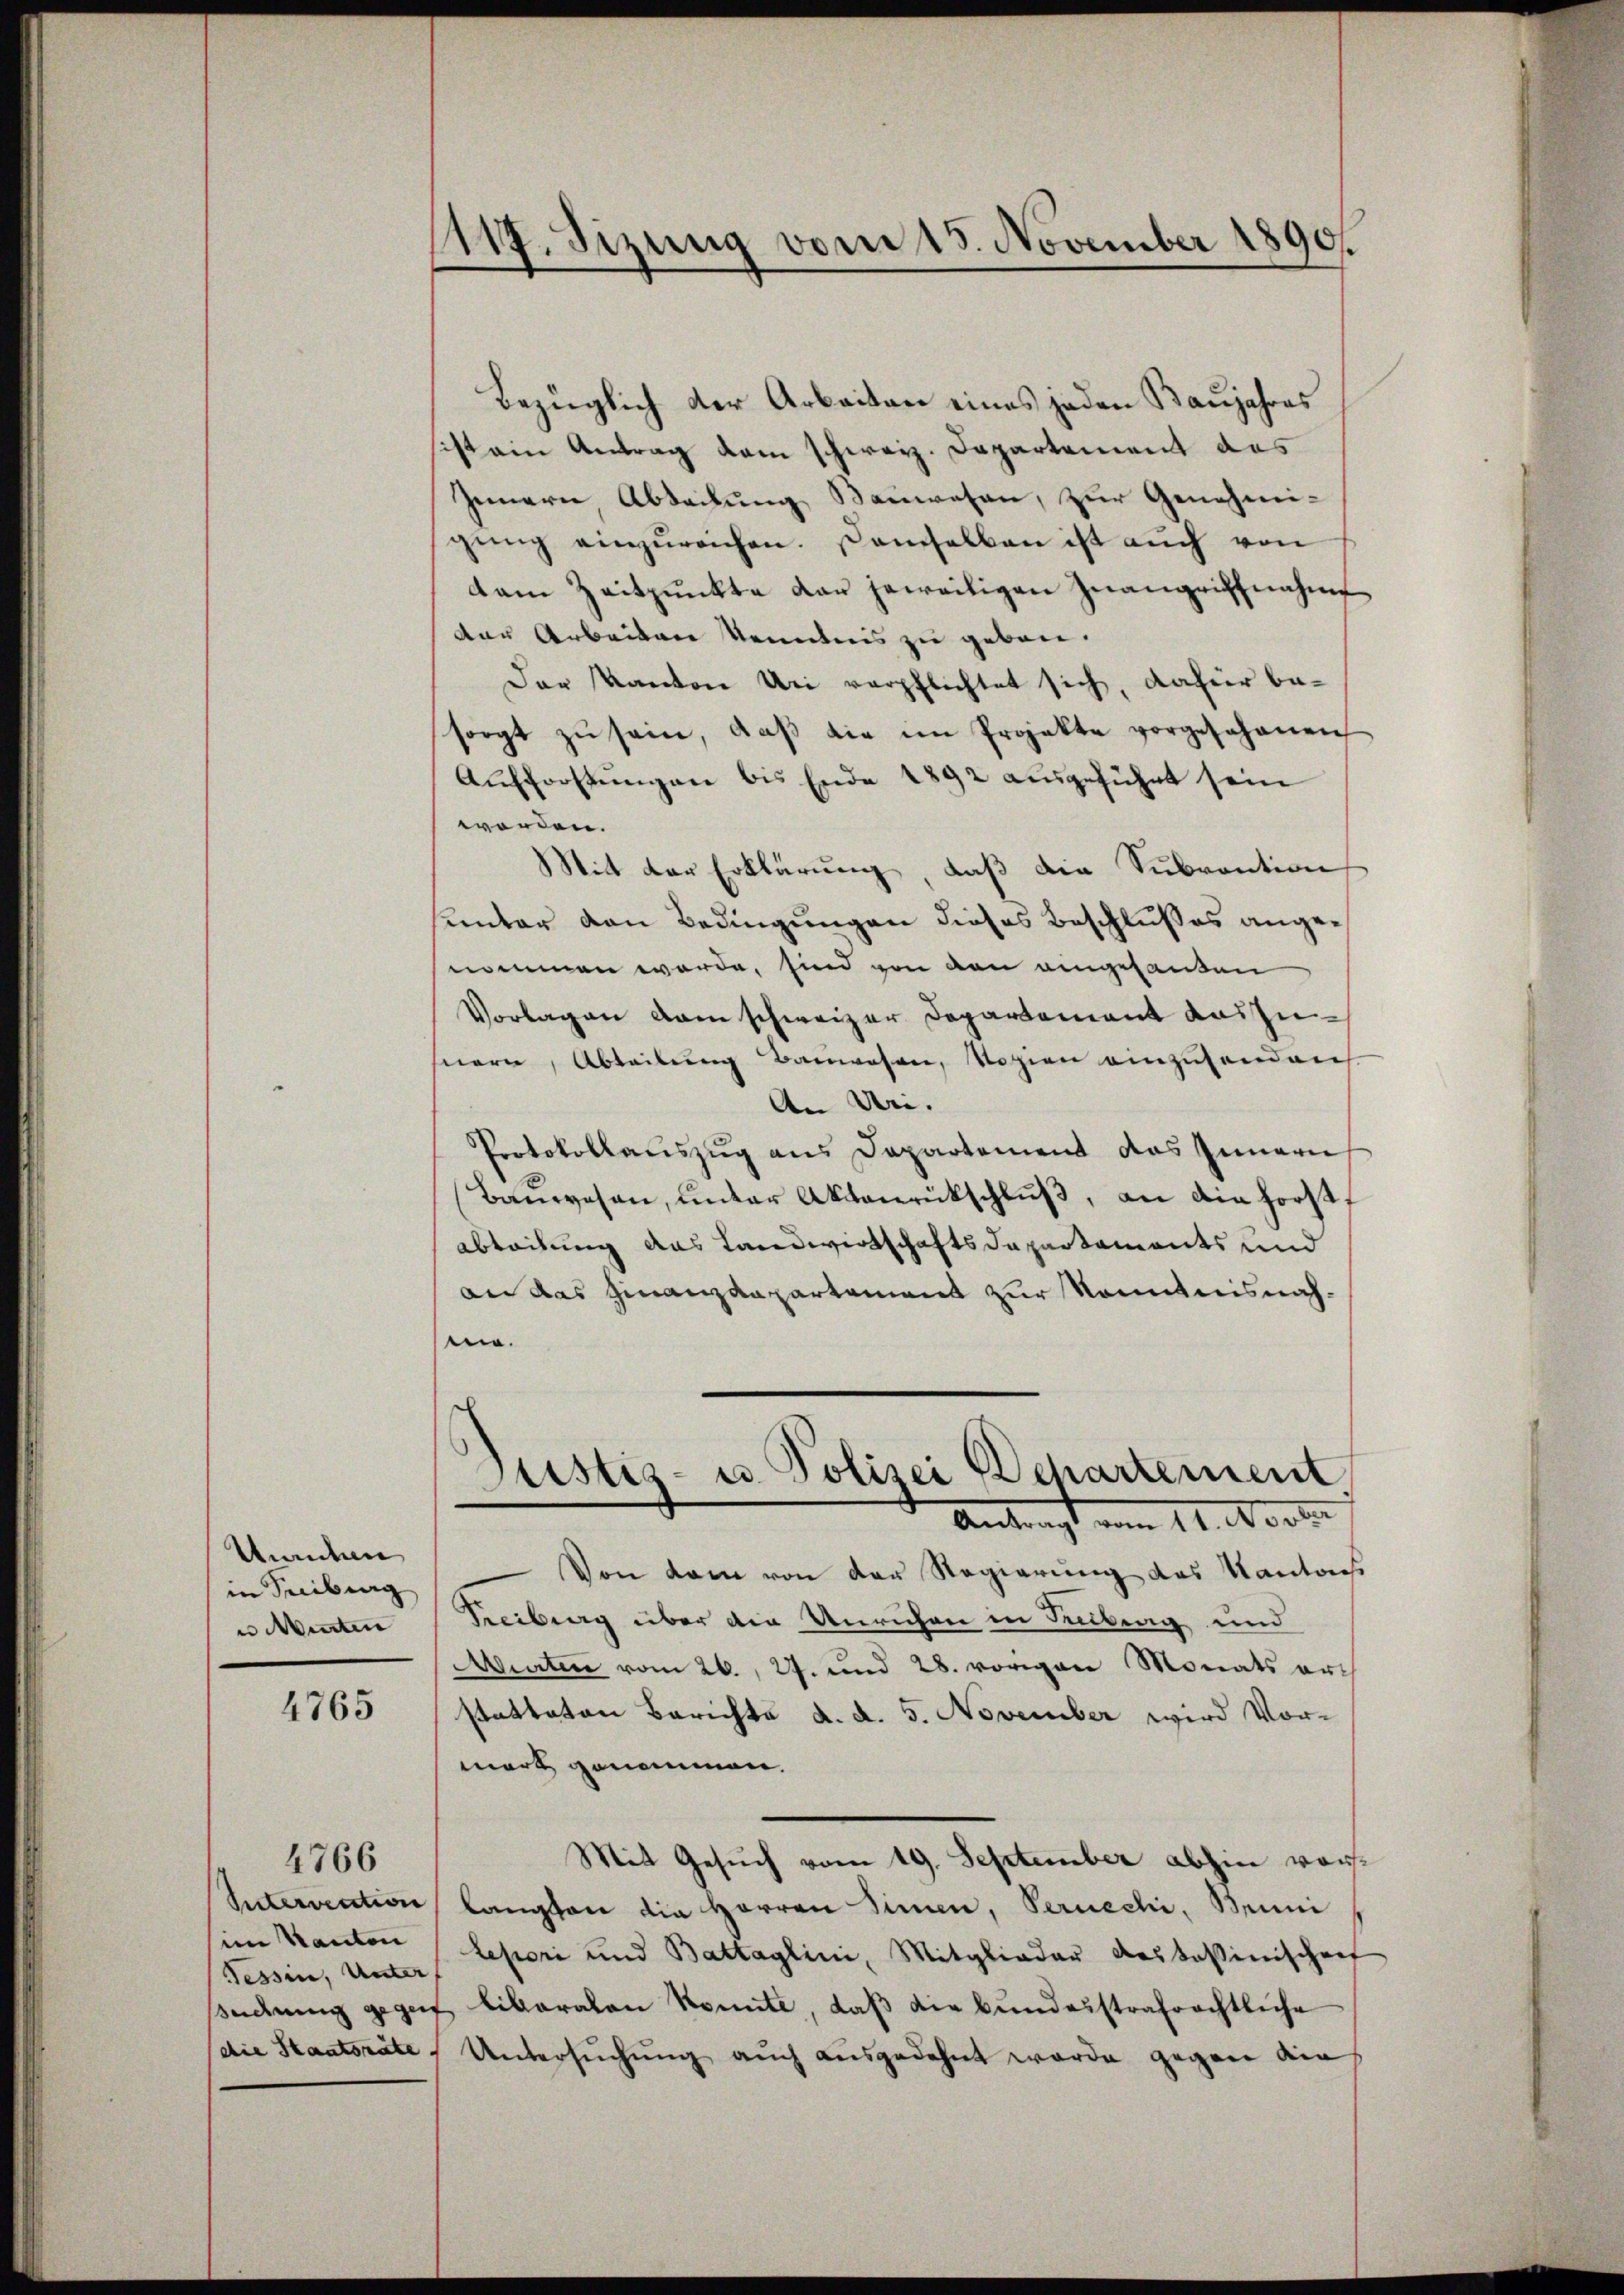
Manten
in Freiburg
n Murten

4765

im Kanton
Tessin, Unter
die Staatsrate

4766

1117. Sizung vom 15. November 1890.

Bezüglich der Arbeiten eines jeden Baujahres
ist ain Antrag dem schweiz. Departement das
Innern Abteilung Bauwesen, zur Genehmi-
gŭng einzŭreichen. Danhalben ist aŭch von
dam Zeitpunkte dar jeweiligen Inangriffnahme
der Arbeiten kenntnis zu geben.
Der Kanton Uri verpflichtet sich, dafür besorgt zŭ sein, daβ die im Projekte vorgesehenen
Aŭfforstŭngen bis Ende 1892 aŭsgeführt sein
worden.
Mit der Erklärung, daß die Subvention
sunter von Bedingungen dieses Beschlußes angenommen werde, sind von den eingesanden
Vorlagen dem schweizer Departement auszunern, Abteilung Bauwesen, Vogien einzusenden
An Uri.
Protokollauszug aus Departement das Innern
Bauwesen, unter Aktenrückschluß, an die Forst
abteilung das Landwirtschaftsdepartaments und
an das Finanzdepartement zur Kenntnisnahne.
Justiz- u. Polizei Departement
Antragt vom 11. Notte
Von dem von der Regierung des Kantons
Freiburg über die Unrichen in Teilberg und
Murten vom 26. 29. und 28. vorgen Monats arch
statteten Berichte d. d. 5. November wird Vormort genommen.
Mit Gesuch vom 19. September abhin von
Entervention langten die Herren Sinnen, Peruechi, Beini
Lepori und Battaglini, Mitglieder deskassinischen
sederung gegen liberalen konnte, daß die bundesstrafrechtliche
Untersŭchŭng auch ausgedehnt worde gegen die